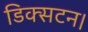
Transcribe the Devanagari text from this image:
डिक्सटन।